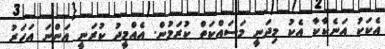
އެކަކު އަނެކާކާ އެކު މިދަނީ މަސައްކަތް ކުރަމުން. އެއްމީދު ކުރަނީ އަންނަ އަހަރު